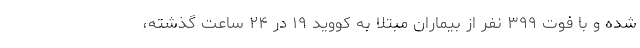
شده و با فوت ۳۹۹ نفر از بیماران مبتلا به کووید ۱۹ در ۲۴ ساعت گذشته،